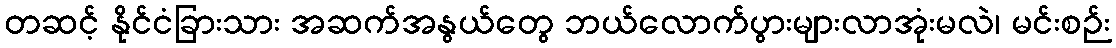
တဆင့် နိုင်ငံခြားသား အဆက်အနွယ်တွေ ဘယ်လောက်ပွားများလာအုံးမလဲ၊ မင်းစဉ်း